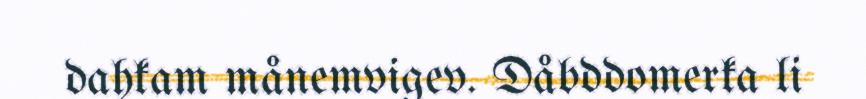
dahkam månemvigev. Dåbddomerka li